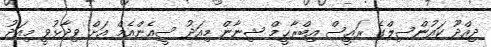
ދިއްދޫ ކައުންސިލްގެ ރައީސް އިބްރާޙީމް ޝިނާން މިއަދު ސީއެންއެމް އަށް ވިދާޅުވީ މިއަދު